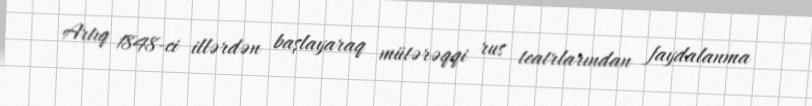
Artıq 1848-ci illərdən başlayaraq mütərəqqi rus teatrlarından faydalanma